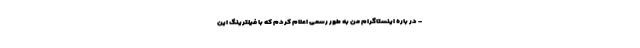
- در باره اینستاگرام من به طور رسمی اعلام کردم که با فیلترینگ این